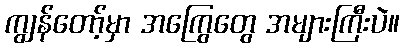
ကျွန်တော့်မှာ အကြွေတွေ အများကြီးပဲ။